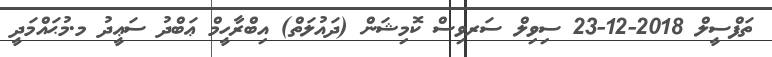
ތަފްސީލް 2018-12-23 ސިވިލް ސަރވިސް ކޮމިޝަން (ދައުލަތް) އިބްރާހީމް ޢަބްދު ސަޢީދު މ.މުޙައްމަދީ